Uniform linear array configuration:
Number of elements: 8
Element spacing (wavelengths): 0.75
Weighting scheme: uniform
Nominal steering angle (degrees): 0
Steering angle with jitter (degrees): -1.989
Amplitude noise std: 0.05
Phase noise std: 0.05

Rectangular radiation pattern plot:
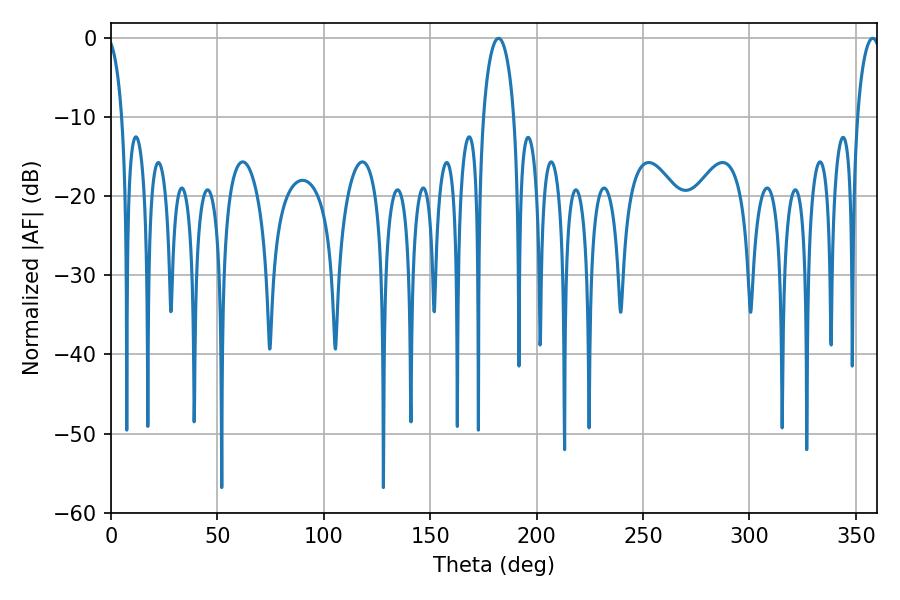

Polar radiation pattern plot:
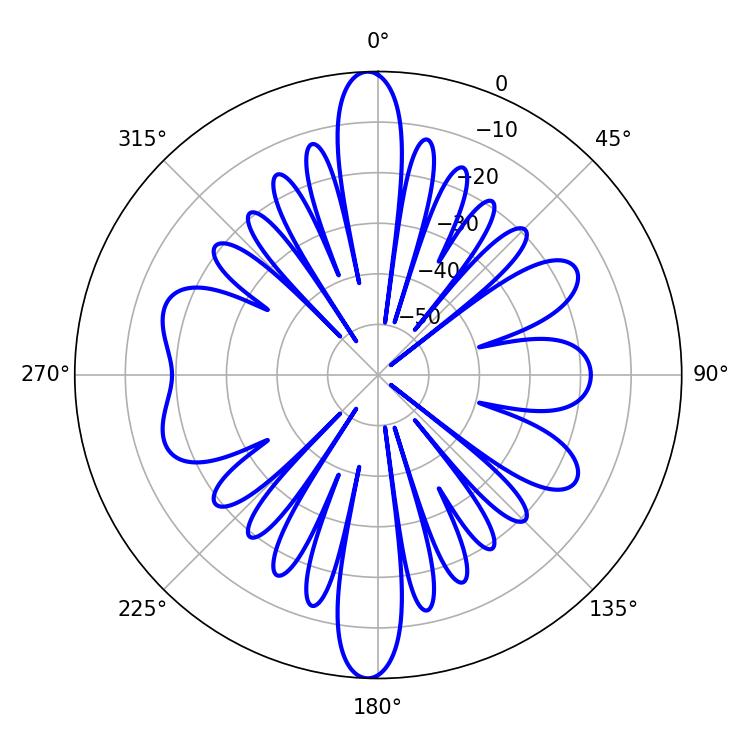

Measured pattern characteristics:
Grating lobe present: TRUE
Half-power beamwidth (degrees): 6.3
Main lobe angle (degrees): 357.84